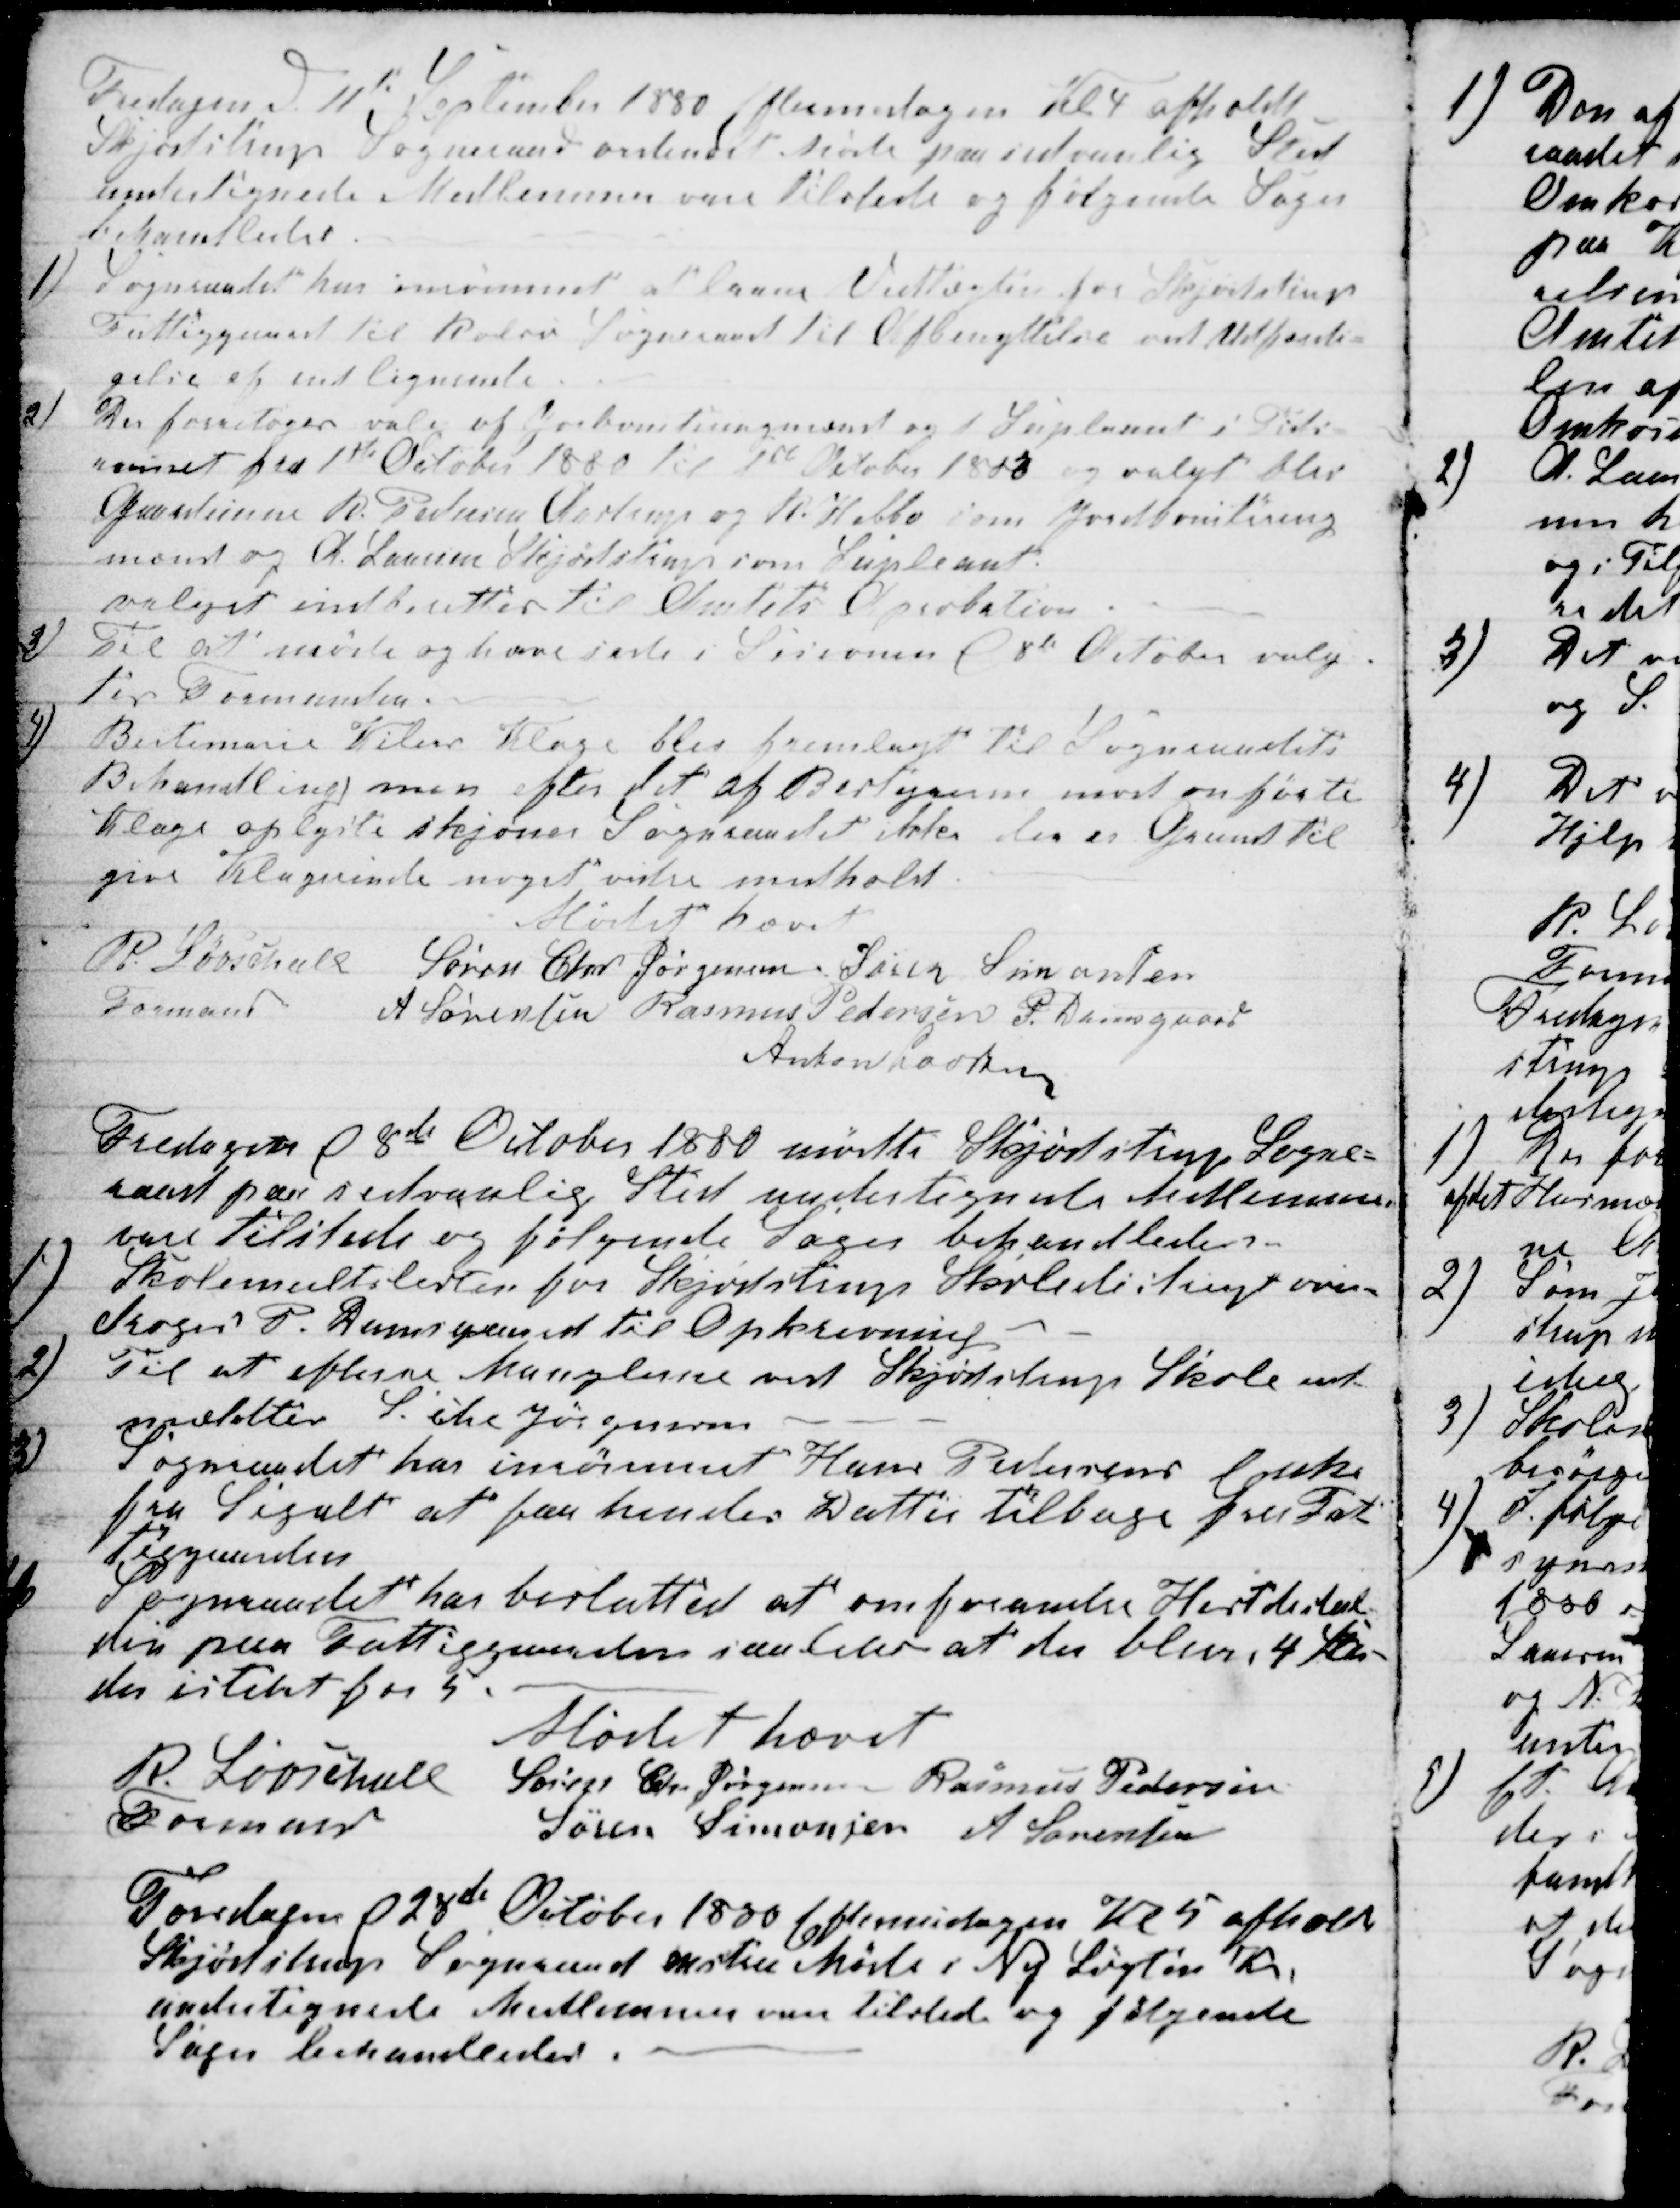
Transskription:
Fredagen d 11te September 1880 Eftermidagen Kl 4 afholdt
Skjødstrup Sogneraad ordinært Møde paa sedvanlig Sted
undertegnede Medlemmer vare tilstede og følgende Sager
behandledes.
1)
Sogneraadet har inrømmet at laane Vedtægten for Skjødstrup
Fattiggaard til Rolsø Sogneraad til Afbenyttelse ved Udfærdi-
gelse at end lignende
2)
Der foretoges valg af Jorboniteringsmænd og 1 Supleant i Tids-
rummet fra 1ste October 1880 til 1ste October 1883 og valgt blev
Gaardejerne R. Pedersen Aastrup og R. Helbo som Jordbonitering
mænd og A. Laursen Skjødstrup som Supleant.
valget indberettes til Amtets Aprobation.
3)
Til at møde og have sæde i Sesionen d 8de October valg-
tes Formanden.
4)
Birtemarie Kilers Klage blev fremlagt til Sogneraadets
Behandling men efter det af Bestyreren mod anførte
Klage oplyste skjøner Sogneraadet ikke der er Grund til
give Klagerinde noget vidre medhold.
Mødet hævet
R. Løvschall
Formand
Søren Chr Jørgensen Søren Simonsen
A Sørensen Rasmus Pedersen P. Damsgaard
Anton Laursen
Fredagen d 8de October 1880 mødte Skjødstrup Sogne-
raad paa sedvanlig Sted undertegnede Medlemmer
vare tilstede og følgende Sager behandledes.
1)
Skolemultslisten for Skjødstrup Skoledistrigt over-
droges P. Damsgaard til Opkrævning
2)
Til at efterse Manglerne ved Skjødstrup Skole ud-
meldtes S. Chr Jørgensen
3)
Sogneraadet har inrømmet Hans Pedersens Enke
fra Segalt at faa hendes Datter tilbage fra Fat-
tiggaarden
4
Sogneraadet har besluttet at omforandre Hestestal-
den paa Fattiggaarden saaledes at der blive 4 
der istedet for 5.
Mødet hævet
R. Løvschall
Formand
Søren Chr. Jørgensen Rasmus Pedersen
Søren Simonsen A Sørensen
Torsdagen d 28de October 1880 Eftermidagen Kl 5 afholdt
Skjødstrup Sogneraad exstra Møde i Ny Løgten Kro.
undertegnede Medlemmer vare tilstede og følgende
Sager behandledes.